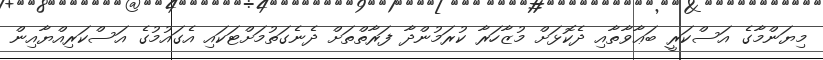
މިޔަންމާގެ އަސްކަރީ ބަޢާވާތާއި ދެކޮޅަށް މުޒާހަރާ ކުރަމުންދާ ފަރާތްތަށް ދެނެގަތުމަށްޓަކައި އެގައުމުގެ އަސްކަރިއްޔާއިން